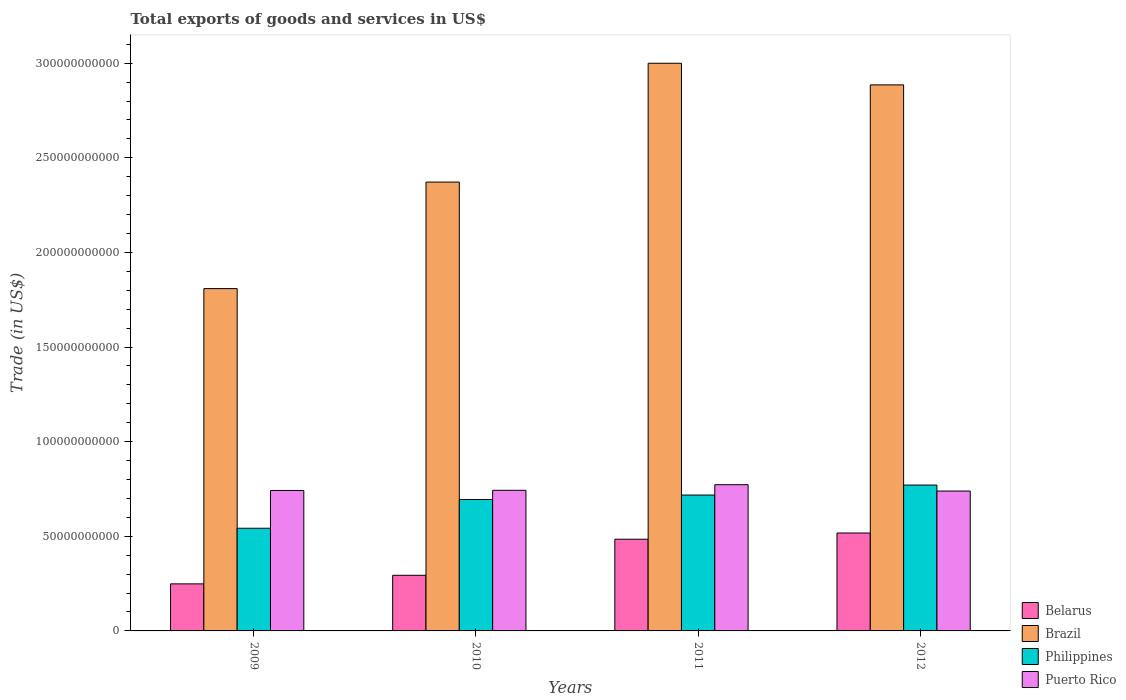
| Years | Belarus | Brazil | Philippines | Puerto Rico |
 | --- | --- | --- | --- | --- |
 | 2009 | 2.49e+10 | 1.81e+11 | 5.43e+10 | 7.42e+10 |
 | 2010 | 2.94e+10 | 2.37e+11 | 6.95e+10 | 7.43e+10 |
 | 2011 | 4.85e+10 | 3e+11 | 7.18e+10 | 7.73e+10 |
 | 2012 | 5.17e+10 | 2.89e+11 | 7.71e+10 | 7.39e+10 |